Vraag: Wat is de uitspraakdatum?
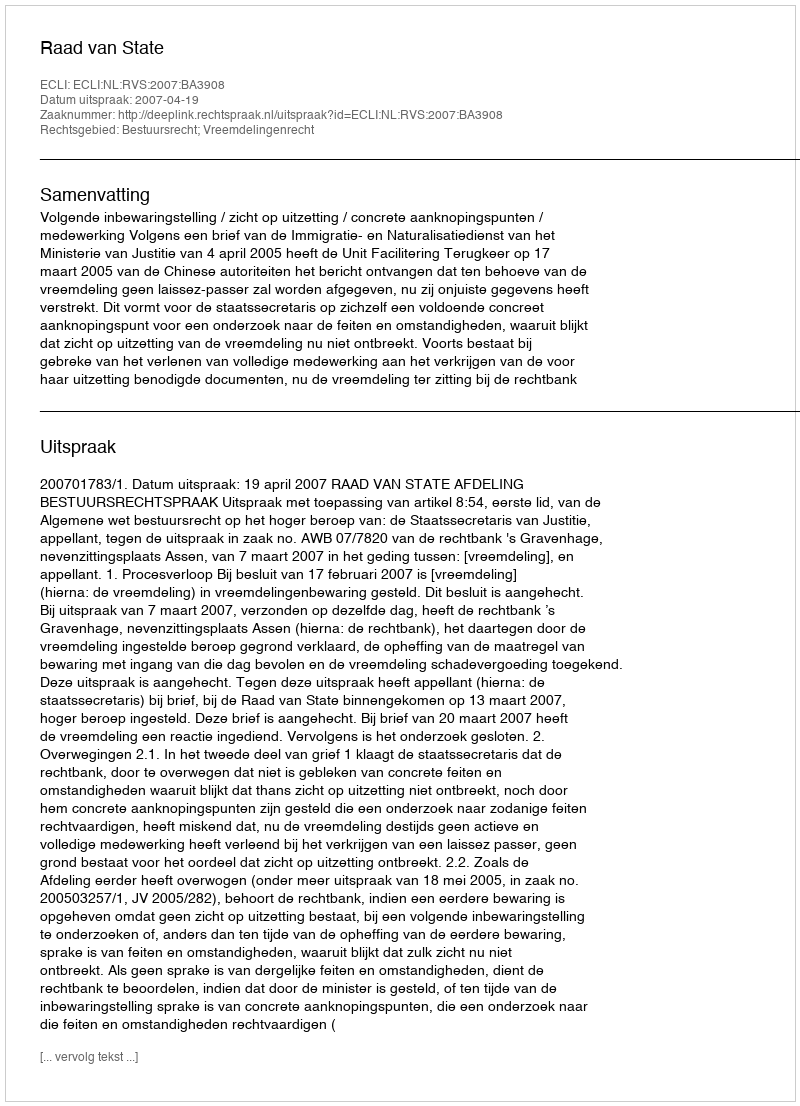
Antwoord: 2007-04-19